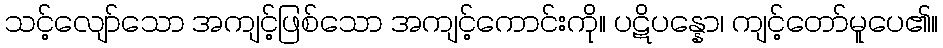
သင့်လျော်သော အကျင့်ဖြစ်သော အကျင့်ကောင်းကို။ ပဋိပန္နော၊ ကျင့်တော်မူပေ၏။